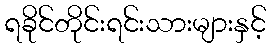
ရခိုင်တိုင်းရင်းသားများနှင့်